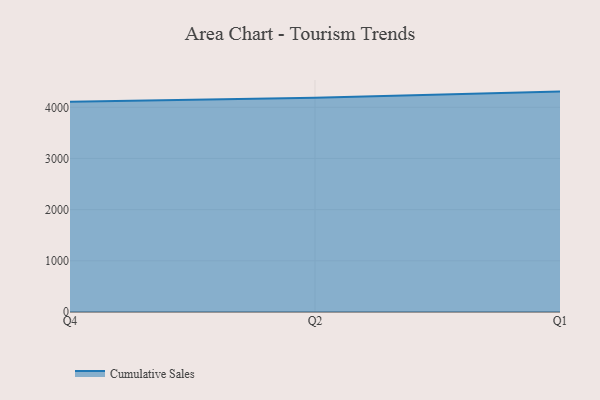
{"axis": {"x": "Quarter", "y": "Backlog"}, "legend": ["Cumulative Sales"], "data": [{"x": "Q4", "y": 4106.7, "type": "Cumulative Sales"}, {"x": "Q2", "y": 4187.1, "type": "Cumulative Sales"}, {"x": "Q1", "y": 4306.7, "type": "Cumulative Sales"}]}